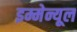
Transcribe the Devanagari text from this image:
इम्मेन्यूल